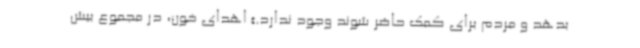
بدهد و مردم برای کمک حاضر شوند وجود ندارد.» اهدای خون، در مجموع بیش